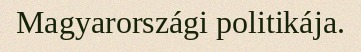
Magyarországi politikája.